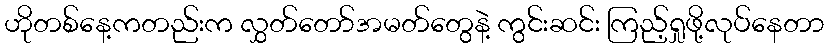
ဟိုတစ်နေ့ကတည်းက လွှတ်တော်အမတ်တွေနဲ့ ကွင်းဆင်း ကြည့်ရှုဖို့လုပ်နေတာ